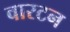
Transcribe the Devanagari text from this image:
वारटन